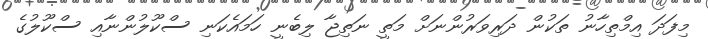
މިފަދަ އިމްތިހާނު ތަކުން ދަރިވަރުންނަށް މަތީ ނަތިޖާ ލިބެނީ ހަމައެކަނި ސްކޫލުންނާއި ސްކޫލުގެ